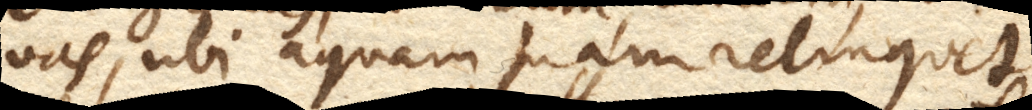
in vas, ubi aquam suam relinquet. +)